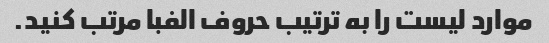
موارد لیست را به ترتیب حروف الفبا مرتب کنید.